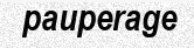
pauperage